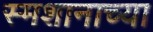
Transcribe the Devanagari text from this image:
स्मशानाच्या